Annual statistical returns and brief notes on vaccination in Bengal - 1896-1909
Year: 1896
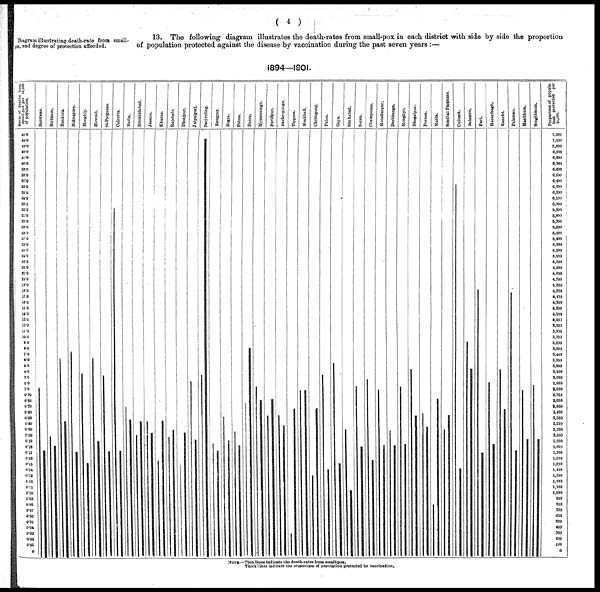
( 4 )
Diagram illustrating death-rate from small¬
pox, and degree of protection afforded.
13. The following diagram illustrates the death-rates from small-pox in each district with side by side the proportion
of population protected against the disease by vaccination during the past seven years :—
1894—1901.
NOTE.—Thin lines indicate the death-rates from small-pox.
Thick lines indicate the proportion of population protected by vaccination.